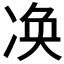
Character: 𠗫